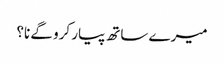
میرے ساتھ پیار کرو گے نا؟